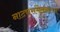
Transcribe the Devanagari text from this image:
नाट्यसंमेलनातच